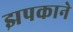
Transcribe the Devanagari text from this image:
झपकाने